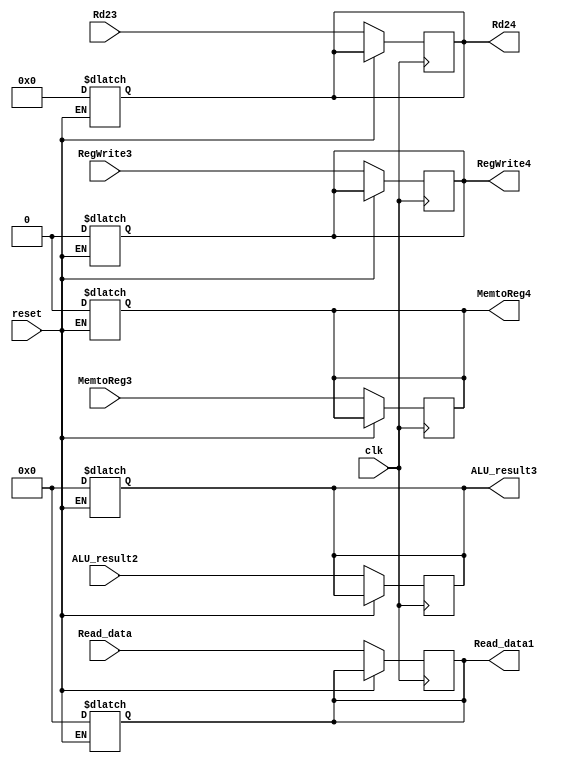
module MEM_WB
(
	input clk, reset,
	input MemtoReg3, RegWrite3,
	input [63:0] Read_data,
	input [63:0] ALU_result2,
	input [4:0] Rd23,
	output reg MemtoReg4, RegWrite4,
	output reg [63:0] Read_data1,
	output reg [63:0] ALU_result3,
	output reg [4:0] Rd24
);
always @ (reset)
  begin
    if (reset)
      begin
        Read_data1 <= 64'b0;
		ALU_result3 <= 64'b0;
		Rd24 <= 5'b0; 
        MemtoReg4 <= 0; 
        RegWrite4 <= 0;
      end
  end
   always @ (posedge clk)
  begin
    if (!reset)
      begin
        Read_data1 <= Read_data;
		ALU_result3 <= ALU_result2;
		Rd24 <= Rd23; 
        MemtoReg4 <= MemtoReg3; 
        RegWrite4 <= RegWrite3;
      end
  end

endmodule